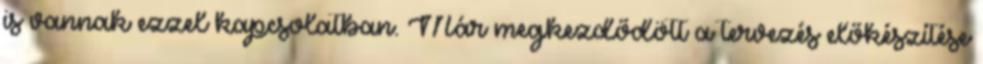
is vannak ezzel kapcsolatban. Már megkezdődött a tervezés előkészítése